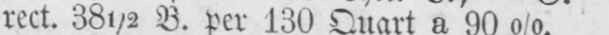
rect. 38½ B. per 130 Quart a 90%.